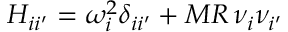
H _ { i i ^ { \prime } } = \omega _ { i } ^ { 2 } \delta _ { i i ^ { \prime } } + M R \, \nu _ { i } \nu _ { i ^ { \prime } }